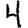
Digit: 4